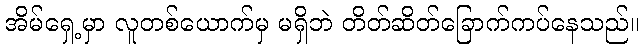
အိမ်ရှေ့မှာ လူတစ်ယောက်မှ မရှိဘဲ တိတ်ဆိတ်ခြောက်ကပ်နေသည်။